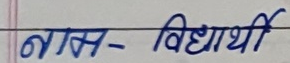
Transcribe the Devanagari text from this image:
नाम - विद्यार्थी